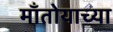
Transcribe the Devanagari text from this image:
माँतोयाच्या